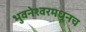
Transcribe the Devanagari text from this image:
भुवनेश्वरमधूनच